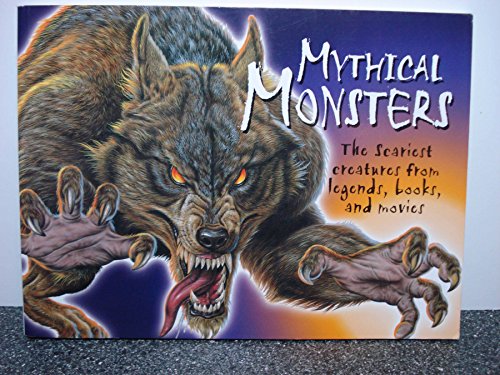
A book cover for Mythical Monsters : The Scariest Creatures from Legends, Books, and Movies; Chris McNab; Literature & Fiction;